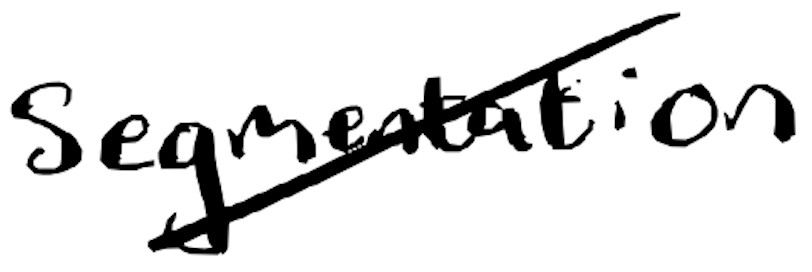
Text: segmentation
Cross-out: diagonal
Writing tool: digital_black